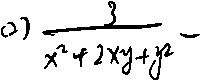
( 2 ) \frac { 3 } { x ^ { 2 } + 2 x y + y ^ { 2 } } -